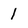
Character: 1